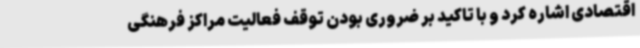
اقتصادی اشاره کرد و با تاکید بر ضروری بودن توقف فعالیت‌ مراکز فرهنگی